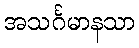
အသင်္ဂမာနသာ